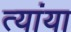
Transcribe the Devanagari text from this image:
त्यांया